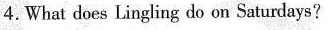
4.What does Lingling do on Saturdays?